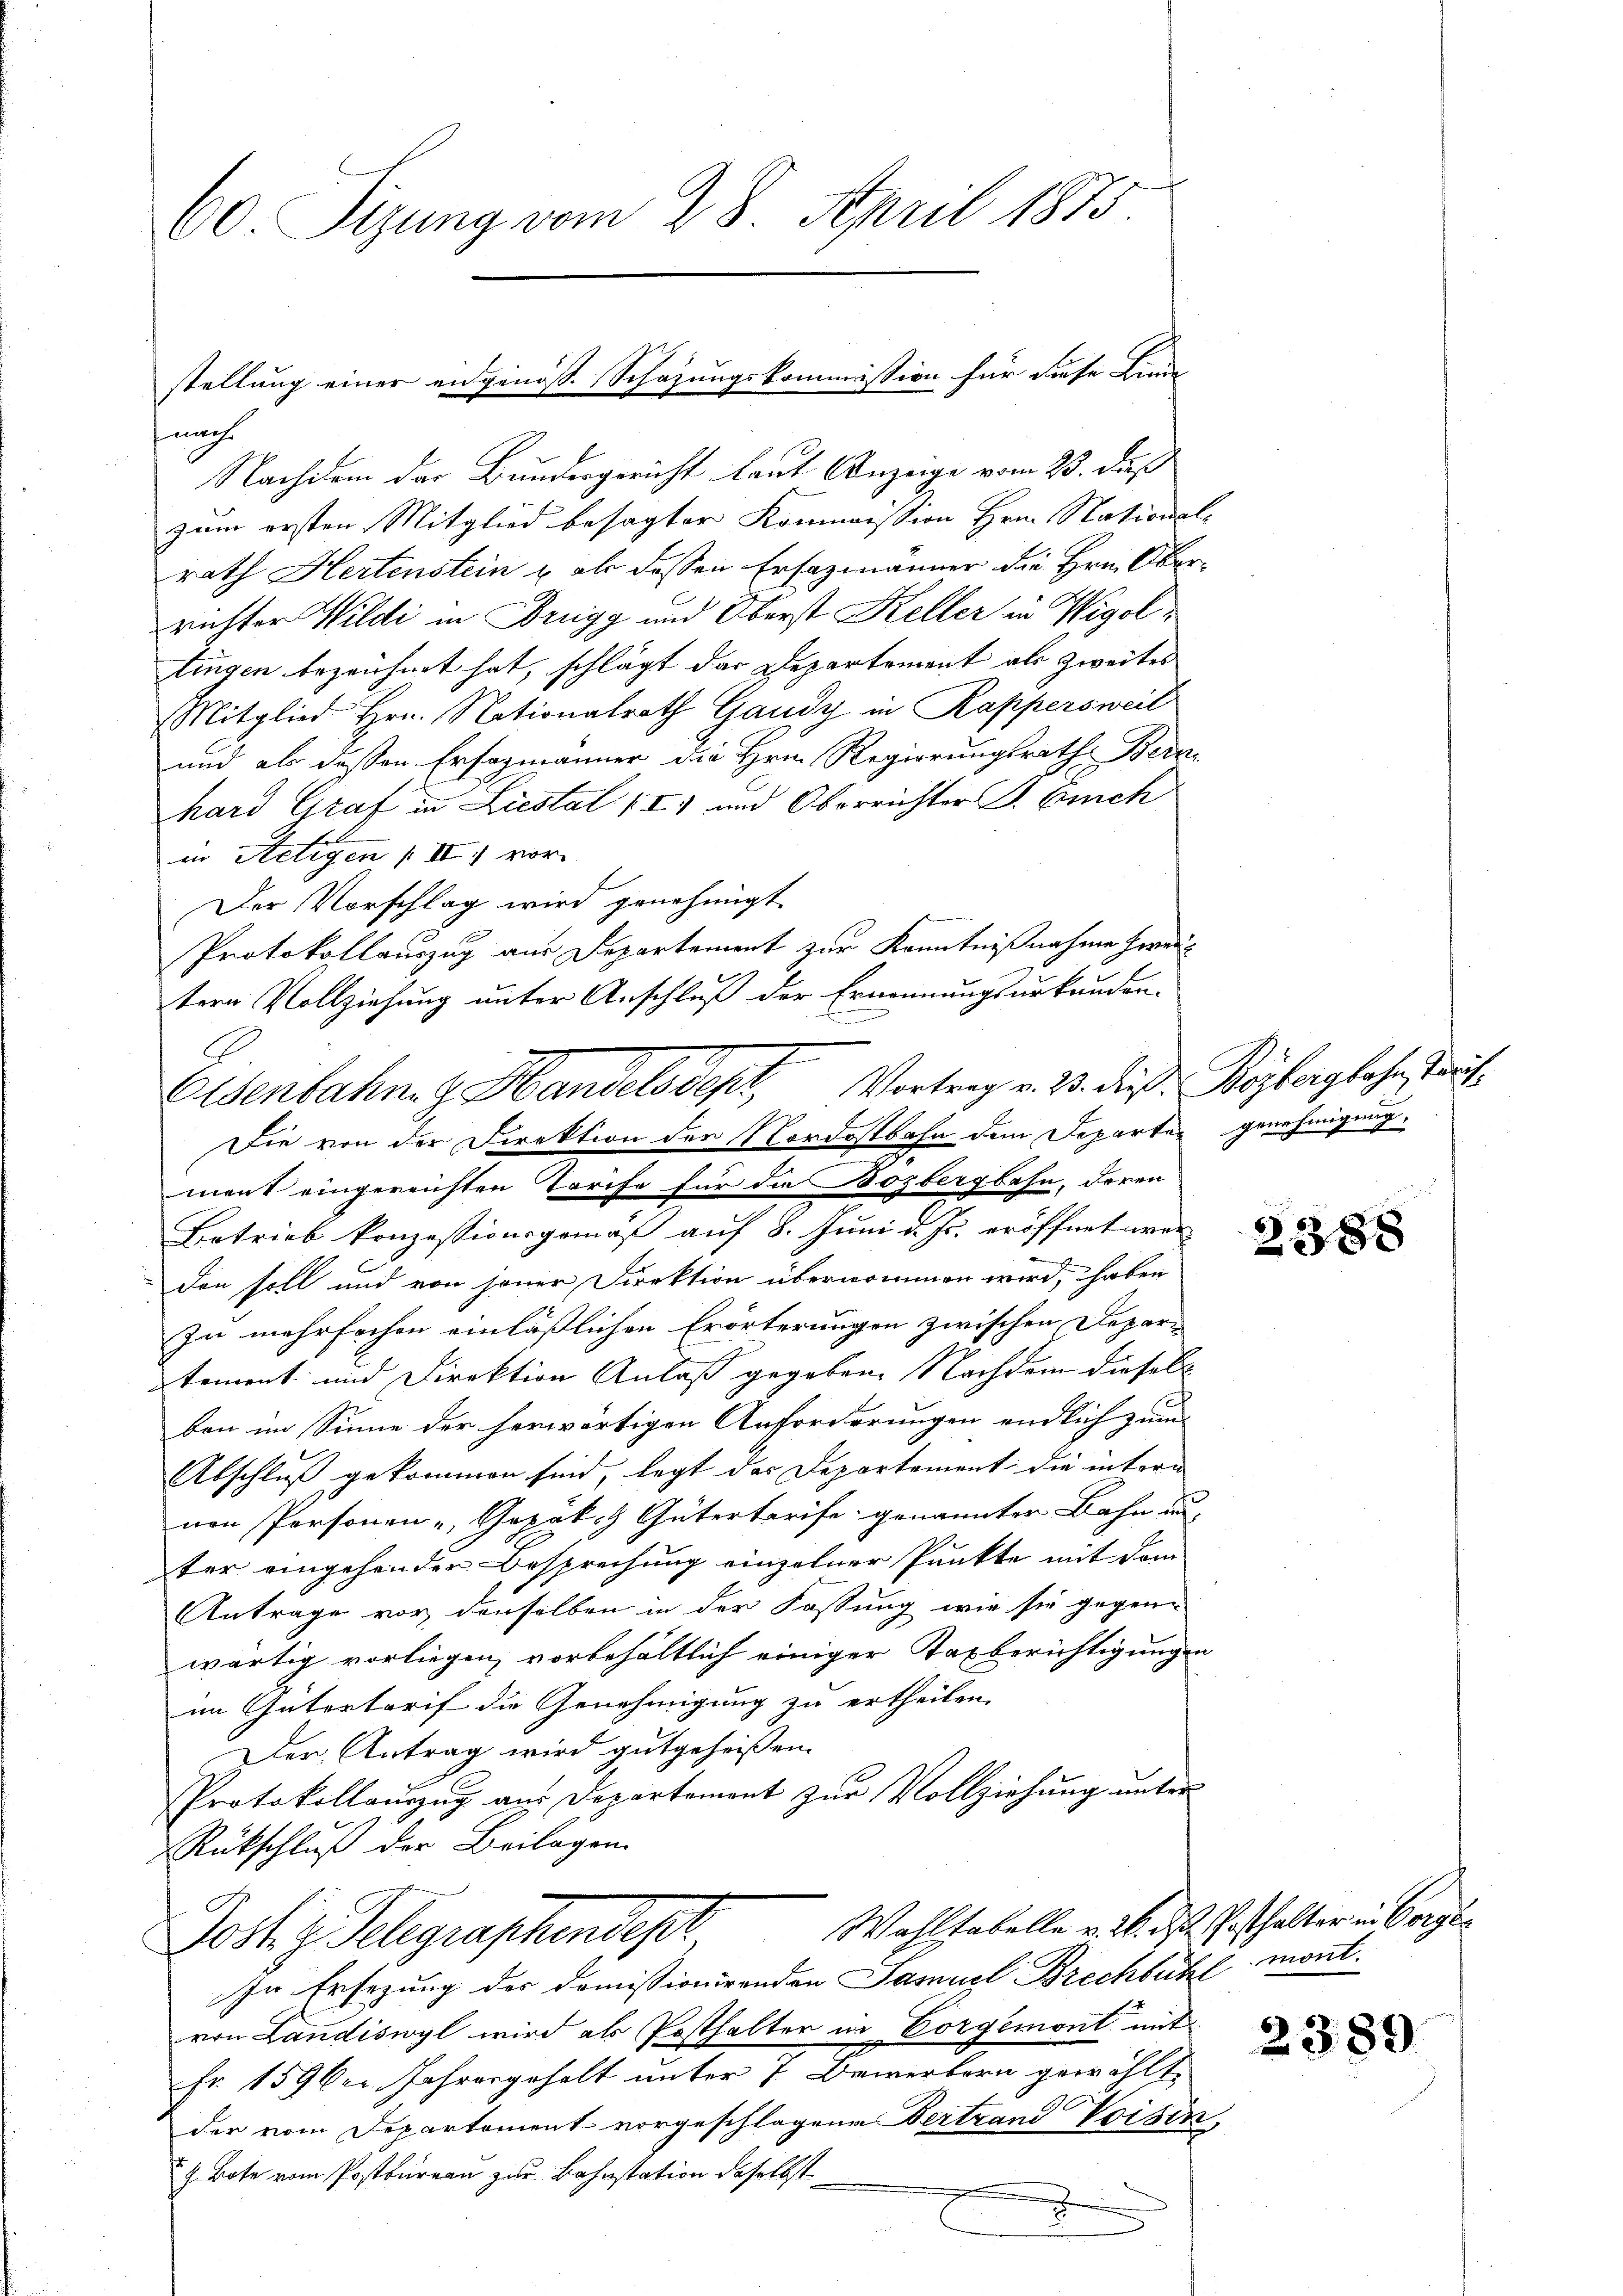
60 Sizung vom 28. April 1875.

nach
Nachdem der Bundesgericht laut Anzeige vom 23. daß
zum ersten Mitglied besagter Kommission Hrn. Stational-
rath Hertenstein u als dassen Ersazmänner die Hrn. Oberrichter Wildi in Brugg und Oberst Keller in Wigol
tingen bezeichnet hat, schlägt das Departement als Zweites
Mitglied Hrn. Nationalrath Gaudy in Rappersweil
und als dassen Erfagmänner die Hrn. Regierungsrath Bern-
hard Graf in Liestal (I) und Oberrichter J. Euch
in Stetigen II 1 vor.
Der Vorschlag wird genehmigt.
Protokollauszug aus Departement zur Kenntnißnahme heraus
tern Vollziehung unter Anschluß der Ernennungsurkunden-
.
Die von der Direktion der Nordostbahn dem Departen genehmigung
ment eingereichten Torche für die Bozbergbahn, doren
Betrieb konzessionsgemäß auf 8. Juni d. Js. eröffnet wer-
den soll und von jener Direktion übernommen wird, haben
zu mehrfachen einläßlichen Erörterungen zwischen Depar-
tement und Direktion Anlaß gegeben. Nachdem dieselb
ben im Sinne der herwärtigen Anforderungen endlich zum
Abschluß gekommen sind, legt das Departement die intern
nen Personen - Gopäkh Gütertarife genannter Bahn un-
ter eingehender Besprechung einzelner Punkte mit dem
Antrage vor denselben in der Fassung wie sie gegen-
wärtig vorliegen, vorbehältlich einiger Taxberichtigungen
im Gütertarif die Genehmigung zu ertheilen.
Der Antrag wird gutgeheissen.
Protokollauszug aus Departemont zur Vollziehung unter
RRückschluß der Beilagen
Wahltabelle v. M. das Posthalter in Vorge¬
Jostiz Seligraphendepr
In Ersezung der Domissionirenden Samuel Brechbühl mont.
von Landiswyl wird als Posthalter in Vorgemont mit
Fr. 1590er Jahresgehalt unter 7. Bewerbern gewählte
der vom Departement vorgeschlagene Vertrand Voisen,
G. Bote vom Postbureau zur Bahnstation daselbst
x

stellung einer eidgenöss. Schazungskommission für diese Linde

Elsenbahn z. Handelsdept, Vortrag v. 13. dieß: Rösterglahn, Tauf¬

b

2388

2389